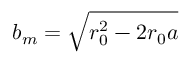
b _ { m } = \sqrt { r _ { 0 } ^ { 2 } - 2 r _ { 0 } a }